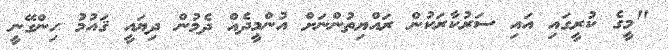
"މީގެ ކުރީގައި އައި ސަރުކާރަކުން ރައްޔިތުންނަށް އުންމީދެއް ދެމުން ދިޔައީ ޤައުމު ހިންގޭނީ